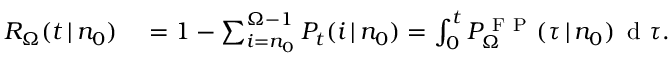
\begin{array} { r l } { R _ { \Omega } ( t \, | \, n _ { 0 } ) } & { { } = 1 - \sum _ { i = n _ { 0 } } ^ { \Omega - 1 } P _ { t } ( i \, | \, n _ { 0 } ) = \int _ { 0 } ^ { t } P _ { \Omega } ^ { \mathrm { ~ F ~ P ~ } } ( \tau \, | \, n _ { 0 } ) \, \mathrm { ~ d ~ } \tau . } \end{array}